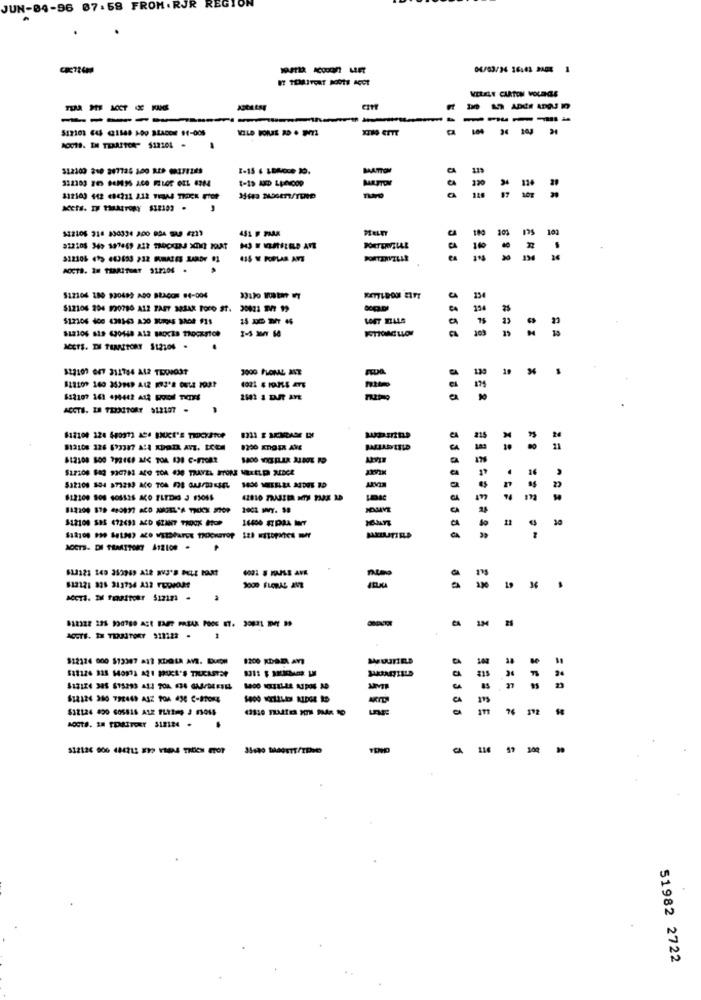
JUN-04-96 07.58 FROM . RJR REG
1
BT TEMITORT BOOTE AGOT
VELILE CARTON VOLDGES
-----
-
-----
512101 645 (21548 100 SLADDE 94-005
$12100 210 207725 100 RE @1FF25
MAATTO
$12103 442 684211 212 VIERAS TROCK FTOR
His NOGET/TEND
tot
$22105 316 830334 200 854 9 4213
451 F 7388
MELET
101
51210% (1> (43693 232 FUMAZES LANDY #1
435 Y POPLAR ANT
AOCTS. IM TERRITHAT 912204 .
512106 180 920489 ADO BRACON @4-004
13
$12106 204 930780 A12 PAS7 383A8 Toro ST. 20021 2477 19
25
ct
LOST TIALS
cot
ACCTS. THE TERRITORY 512106 .
$12107 047 311764 A42 TROOST
3000 PLOMAL AVE
a
2
11
$27108 883 990783 ACO TOA 630 THAYEL STORE MEELD MIDCE
449
812109 808 405525 ACO TLEDIG 3 13055
m
2001 10y. 98
a
$12100 SES 472631 ACD GIANT TROCK HOP
CA
11
AOCTS- DI TRAATTORT A12100
822121 828 311754 A12 FEDrat
CA
IM
ACUTE. IN TERRITORY 91712 . 1
$12124 000 $12007 a1? KDOLA AVE. BuCCH
1200 KDBEL AVB
a
23
$12124 800 GOSEIS ALE FLEEHO J FIO48
SFSE
AOCTS. 18 TERRITORY 312184 .
116 17 100 39
51982 2722